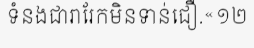
ទំនងជារារែកមិនទាន់ជឿ.«១២